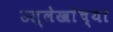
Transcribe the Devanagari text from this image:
उल्लेखांच्या